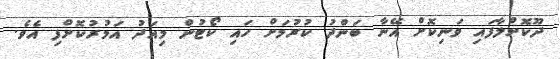
ދޫކޮށްލާފައި ވަނިކޮށް އޭނާ ބަންދު ކުރުމަށް ހައި ކޯޓުން މިއަދު އަމުރުކޮށްފި އެވެ.